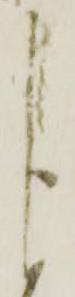
し